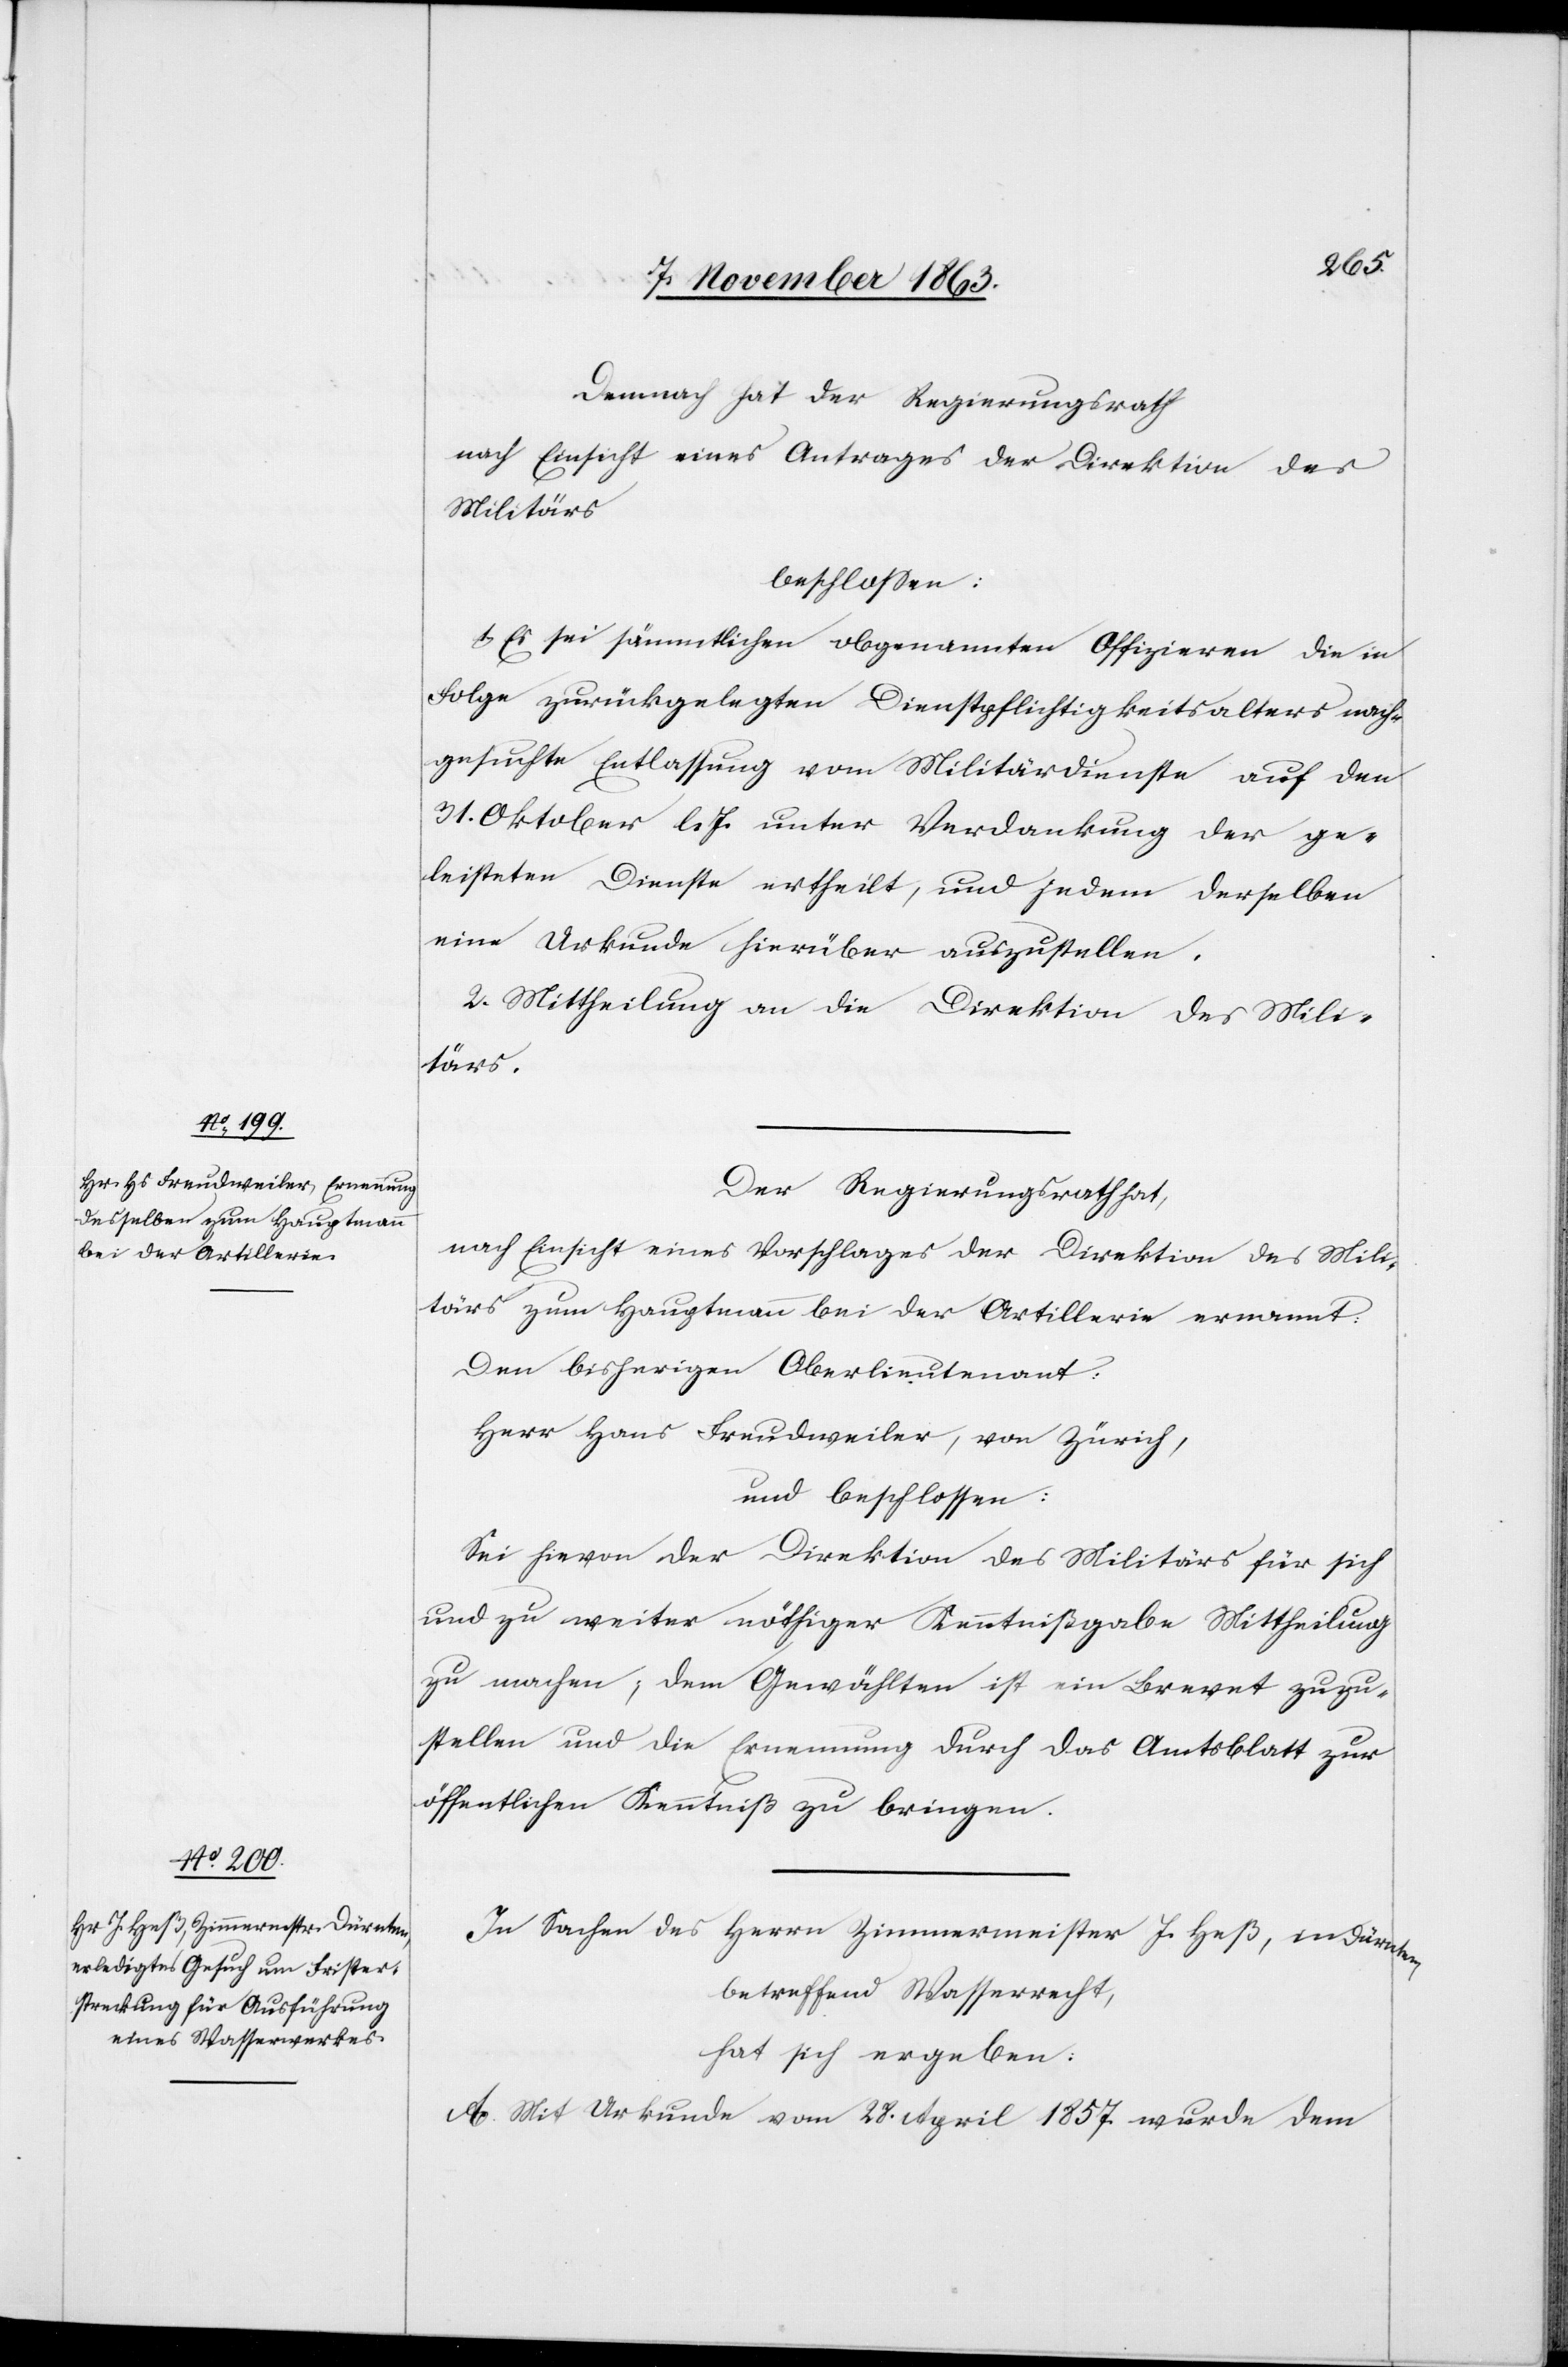
Demnach hat der Regierungsrath
nach Einsicht eines Antrages der Direktion des
Militärs
beschlossen:
1. Es sei sämmtlichen obgenannten Offizieren die in
Folge zurückgelegten Dienstpflichtigkeitsalters nach¬
gesuchte Entlassung vom Militärdienste auf den
31. Oktober l. Js. unter Verdankung der ge¬
leisteten Dienste ertheilt, und jedem derselben
eine Urkunde hierüber auszustellen.
2. Mittheilung an die Direktion des Mili¬
tärs.
Der Regierungsrath hat,
nach Einsicht eines Vorschlages der Direktion des Mili¬
tärs zum Hauptmann bei der Artillerie ernannt:
Den bisherigen Oberlieutenant:
Herr Hans Freudweiler, von Zürich,
und beschlossen:
Sei hievon der Direktion des Militärs für sich
und zu weiter nöthiger Kenntnißgabe Mittheilung
zu machen; dem Gewählten ist ein Brevet zuzu¬
stellen und die Ernennung durch das Amtsblatt zur
öffentlichen Kenntniß zu bringen.
In Sachen des Herrn Zimmermeister J. Heß, in Dürnten,
betreffend Wasserrecht,
hat sich ergeben:
A. Mit Urkunde vom 28. April 1857. wurde dem